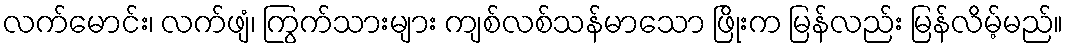
လက်မောင်း၊ လက်ဖျံ၊ ကြွက်သားများ ကျစ်လစ်သန်မာသော ဖြိုးက မြန်လည်း မြန်လိမ့်မည်။